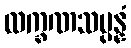
လက္ခဏသမ္ပန္နံ